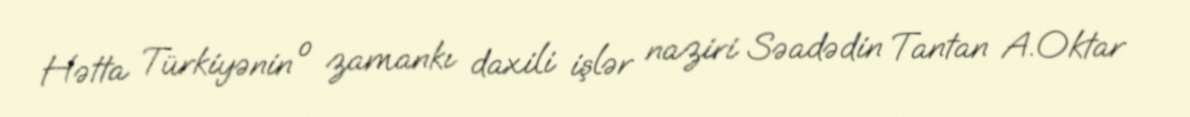
Hətta Türkiyənin o zamankı daxili işlər naziri Səadədin Tantan A.Oktar